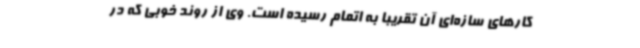
کارهای سازه‌ای آن تقریبا به اتمام رسیده است. وی از روند خوبی که در